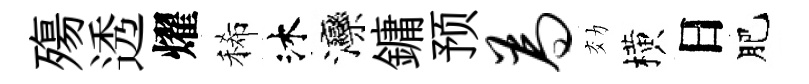
殤透燿稀沐灤鏞预为効横日肥